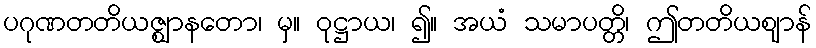
ပဂုဏတတိယဇ္ဈာနတော၊ မှ။ ဝုဋ္ဌာယ၊ ၍။ အယံ သမာပတ္တိ၊ ဤတတိယဈာန်